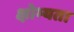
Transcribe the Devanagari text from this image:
क्षोभ्यता